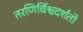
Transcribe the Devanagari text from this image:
तरणिर्विश्वदर्शतो